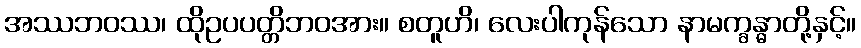
အဿဘဝဿ၊ ထိုဥပပတ္တိဘဝအား။ စတူဟိ၊ လေးပါကုန်သော နာမက္ခန္ဓာတို့နှင့်။